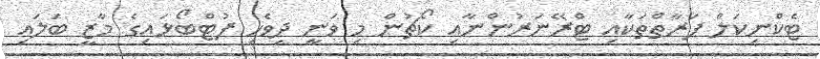
ޓެކްނިކަލް ފަރާތްތަކާއި ޓްރޭނަރުންނާއި ކޯޗުން މި ވަނީ ދިވެހި ފުޓްބޯޅައިގެ މާޒީ ބަލައި